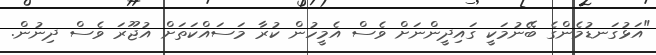
"އަޅުގަނޑުމެންގެ ބޭނުމަކީ ގައިދީންނަށް ވެސް އެމީހުން ކުރާ މަސައްކަތަށް އުޖޫރަ ވެސް ދިނުން.